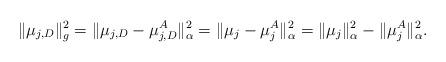
LaTeX: \begin{align*}\|\mu_{j,D}\|^2_g=\|\mu_{j,D}-\mu_{j,D}^A\|^2_\alpha=\|\mu_j-\mu_j^A\|^2_\alpha=\|\mu_j\|^2_\alpha-\|\mu_j^A\|^2_\alpha.\end{align*}